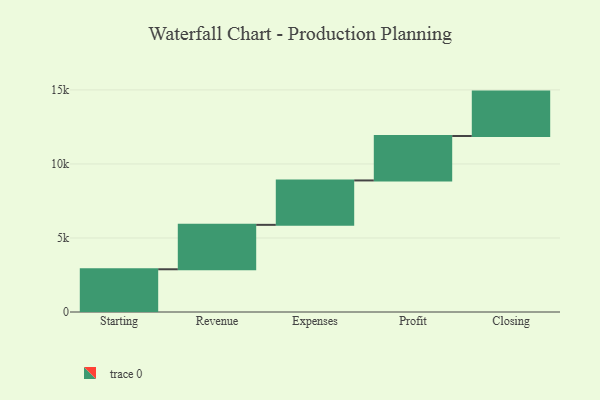
{"axis": {"x": "Step", "y": "Value"}, "legend": [""], "data": [{"x": "Starting", "y": 2886.0, "type": ""}, {"x": "Revenue", "y": 3000, "type": ""}, {"x": "Expenses", "y": 3000, "type": ""}, {"x": "Profit", "y": 3000, "type": ""}, {"x": "Closing", "y": 3000, "type": ""}]}